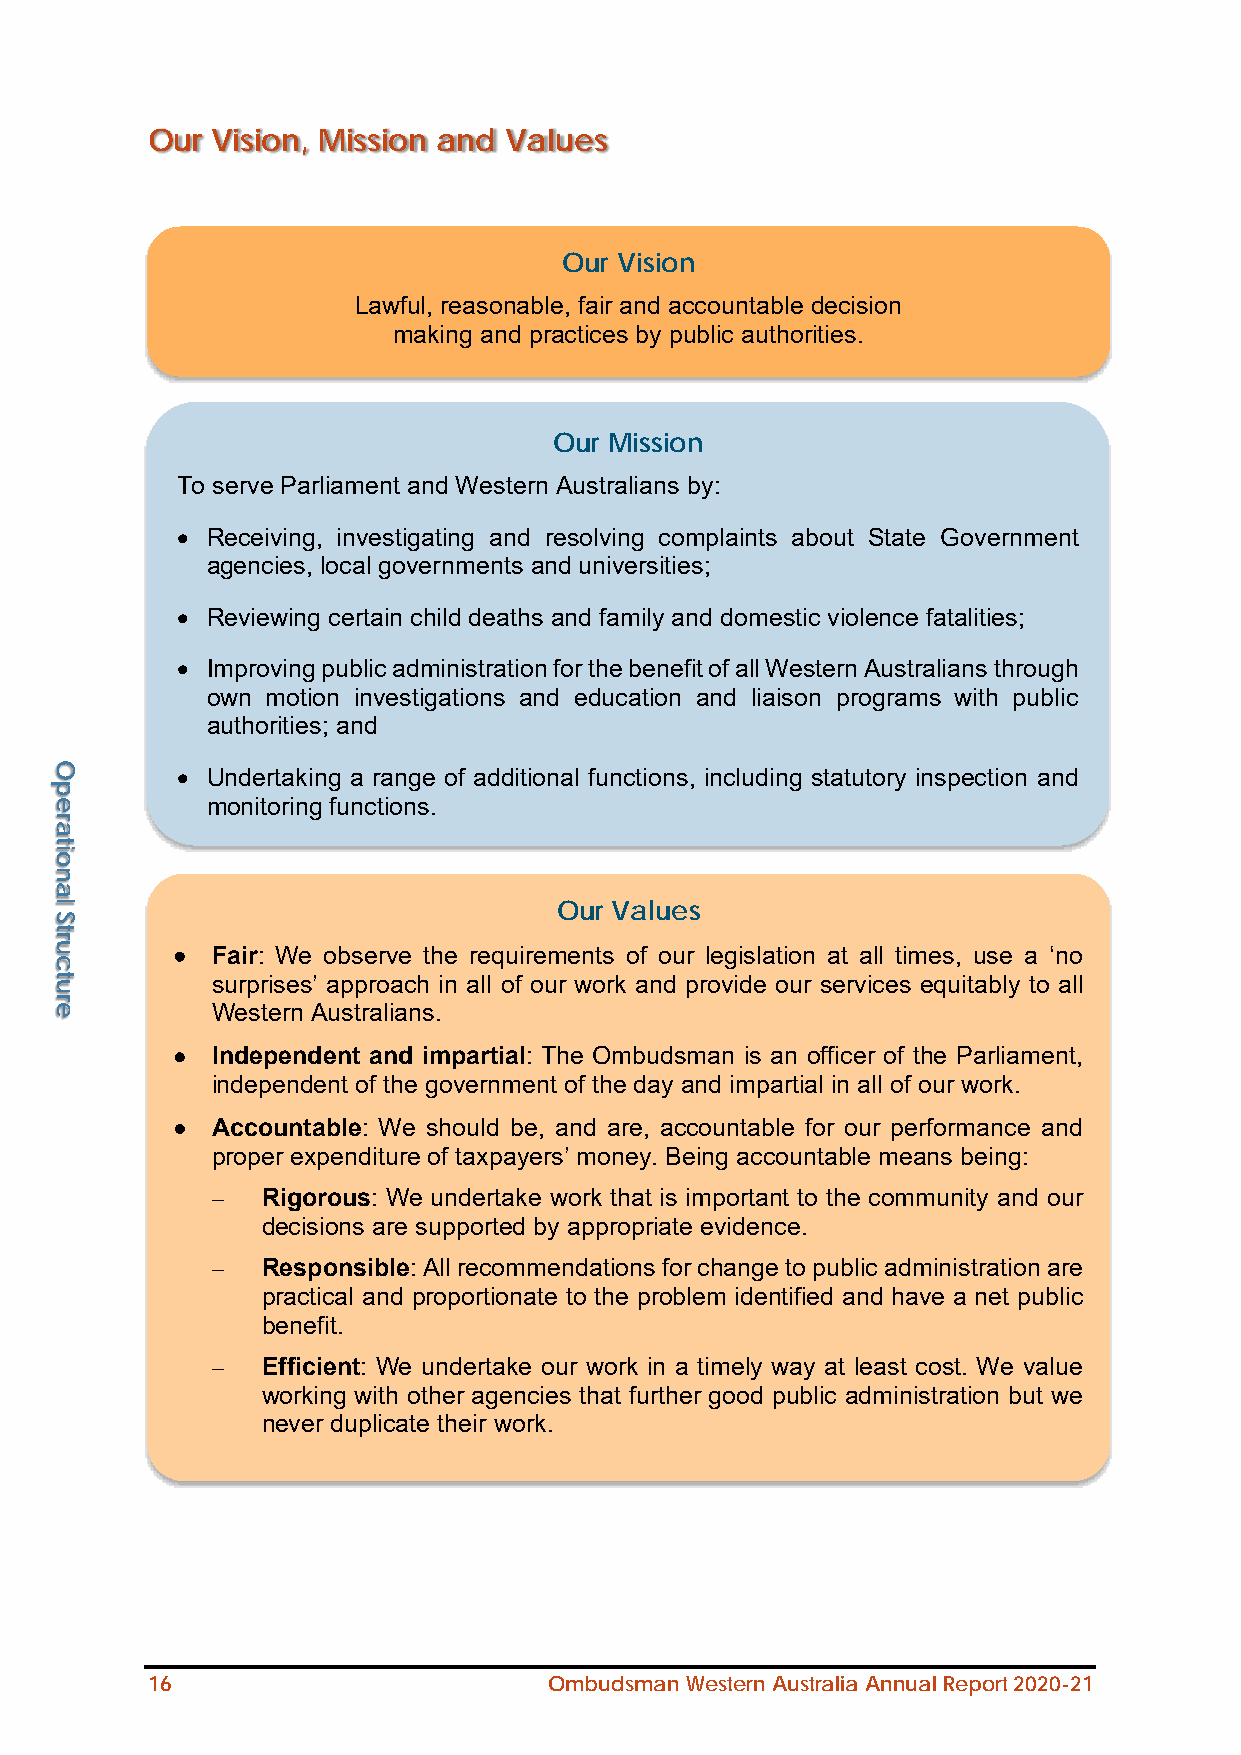
Our Vision, Mission and Values
 Our Vision
 Lawful, reasonable, fair and accountable decision
 making and practices by public authorities.
 Our Mission
 To serve Parliament and Western Australians by:
 • Receiving, investigating and resolving complaints about State Government
 agencies, local governments and universities;
 • Reviewing certain child deaths and family and domestic violence fatalities;
 • Improving public administration for the benefit of all Western Australians through
 own motion investiga tions and education and liaison programs with public
 authorities; and
 • Undertaking a range of additional functions, including statutory inspection and
 monitoring functions.
 Our Values
 • Fair: We observe the requirements of our legislation at all times, use a ‘no
 surprises’ approach in all of our work and provide our services equitably to all
 Western Australians.
 • Independent and impartial: The Ombudsman is an officer of the Parliament,
 independent of the government of the day and impartial in all of our work.
 • Accountable: We should be, and are, accountable for our performance and
 proper expenditure of taxpayers’ money. Being accountable means being:
 –  Rigorous: We undertake work that is important to the community and our
 decisions are supported by appropriate evidence.
 –  Responsible: All recommendations for change to public administration are
 practical and proportionate to the problem identified and have a net public
 benefit.
 –  Efficient: We undertake our work in a timely way at least cost. We value
 working with other agencies that further good public administration but we
 never duplicate their work.
 16                        Ombudsman Western Australia Annual Report 2020-21
 Operational
 Structure